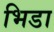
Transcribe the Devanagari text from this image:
भिडा